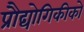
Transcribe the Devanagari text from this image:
प्रौद्योगिकीको